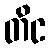
တိင